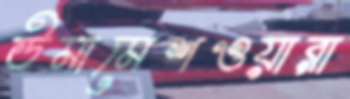
উমামেশওয়ারা